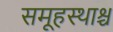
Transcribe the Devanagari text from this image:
समूहस्थाश्च